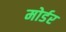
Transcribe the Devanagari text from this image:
मोर्डर